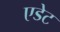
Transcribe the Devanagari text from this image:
एडेट